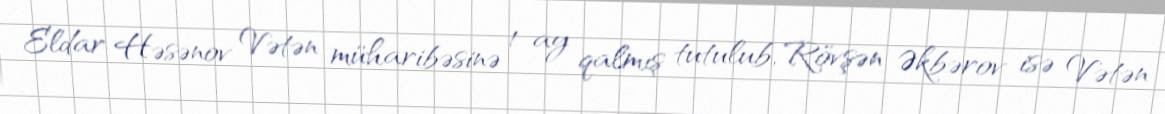
Eldar Həsənov Vətən müharibəsinə 1 ay qalmış tutulub, Rövşən Əkbərov isə Vətən